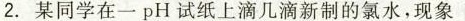
2.某同学在一pH试纸上滴几滴新制的氯水，现象